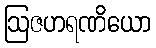
ဩဇဟရဏိယော